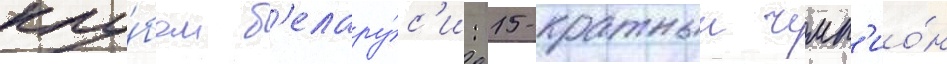
клу́бом б'елару́с'и: 15-кратныи чемп'ио́н